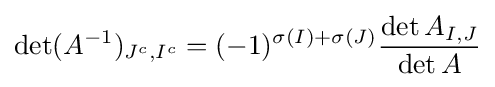
\det(A^{-1})_{J^{c},I^{c}}=(-1)^{\sigma (I)+\sigma (J)}{\frac {\det A_{I,J}}{\det A}}